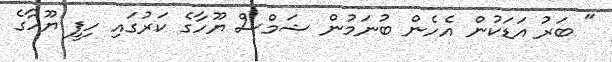
" ބަރު އަޑަކުން އެހެން ބުނަމުން ޝަމްސް ޔޫހާގެ ކަރުގައި ހިފީ ޔޫހާގެ